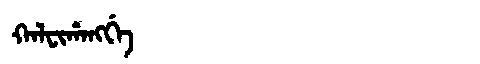
Manchu: ᡴᠠᠯᠸᡳᡥᠠᠩᡤᡝ
Romanization: KALFIHANGGE